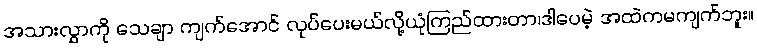
အသားလွှာကို သေချာ ကျက်အောင် လုပ်ပေးမယ်လို့ယုံကြည်ထားတာ၊ဒါပေမဲ့ အထဲကမကျက်ဘူး။